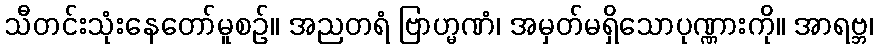
သီတင်းသုံးနေတော်မူစဉ်။ အညတရံ ဗြာဟ္မဏံ၊ အမှတ်မရှိသောပုဏ္ဏားကို။ အာရဗ္ဘ၊